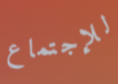
للإجتماع